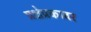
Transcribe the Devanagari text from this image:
प्रक्षेप्रकावर